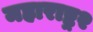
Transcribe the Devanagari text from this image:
महाराष्ट्र२